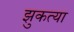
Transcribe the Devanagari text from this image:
झुकत्या